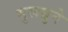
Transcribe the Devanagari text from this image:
मुलग्रुने